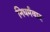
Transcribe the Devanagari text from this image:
निधर्मवाद